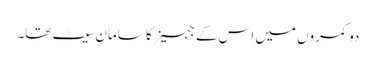
دو کمروں میں اس کے جہیز کا سامان سیٹ تھا۔